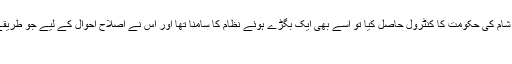
چھٹی صدی ہجری میں ایک نیک دل حکمران سلطان نور الدین زنگیؒ نے شام کی حکومت کا کنٹرول حاصل کیا تو اسے بھی ایک بگڑے ہوئے نظام کا سامنا تھا اور اس نے اصلاح احوال کے لیے جو طریقے اختیار کیے، ان میں سے چندایک کا مؤرخین اس طرح ذکر کرتے ہیں:
جزیہ اور خراج کے سوا تمام ٹیکس منسوخ کر دیے۔